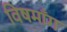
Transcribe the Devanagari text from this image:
विषमाँग